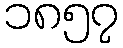
၁၈၅၇